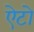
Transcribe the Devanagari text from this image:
ऐटो